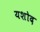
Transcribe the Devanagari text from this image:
यशोद